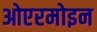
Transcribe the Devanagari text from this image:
ओएरमोइन